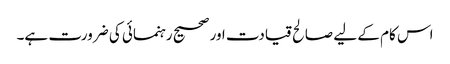
اس کام کے لیے صالح قیادت اور صحیح رہنمائی کی ضرورت ہے۔